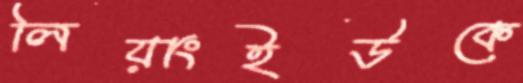
লিয়াংইউকে